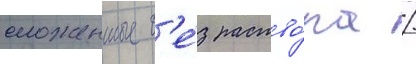
сложенные б'е́з раство́ра /